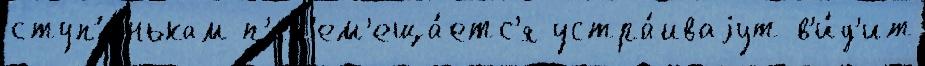
ступ'е́нькам п'ер'ем'еща́етс'я устра́иваjут в'и́д'ит